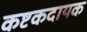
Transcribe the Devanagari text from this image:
कष्टकदायक